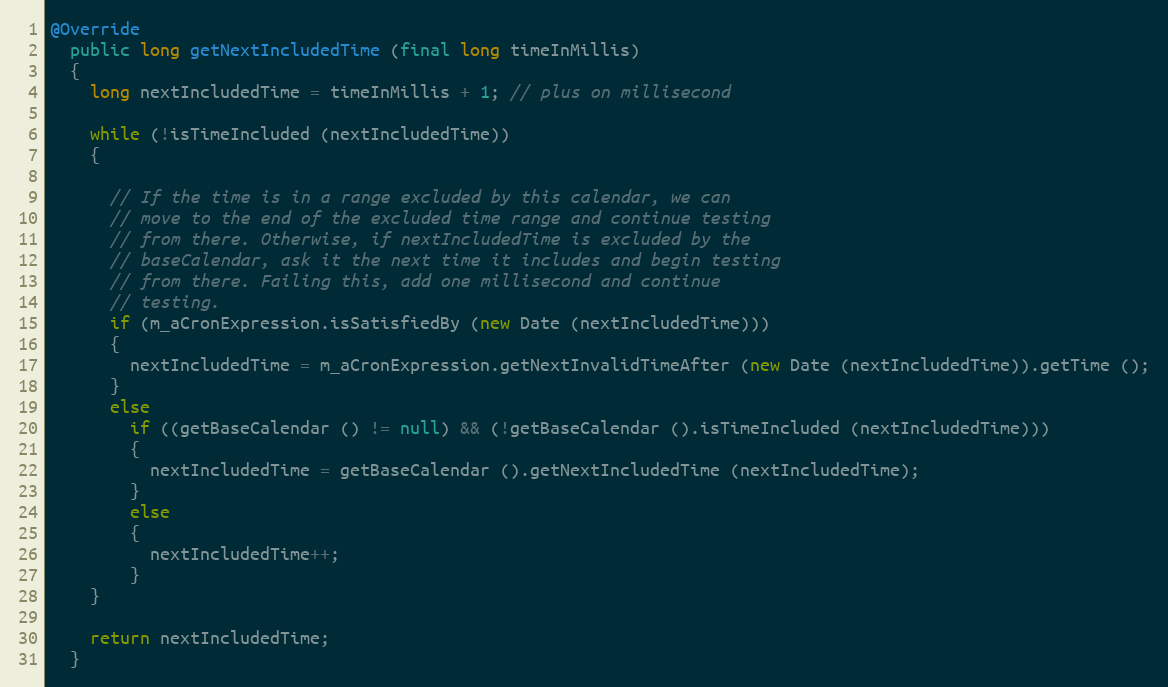
Language: Java
@Override
  public long getNextIncludedTime (final long timeInMillis)
  {
    long nextIncludedTime = timeInMillis + 1; // plus on millisecond

    while (!isTimeIncluded (nextIncludedTime))
    {

      // If the time is in a range excluded by this calendar, we can
      // move to the end of the excluded time range and continue testing
      // from there. Otherwise, if nextIncludedTime is excluded by the
      // baseCalendar, ask it the next time it includes and begin testing
      // from there. Failing this, add one millisecond and continue
      // testing.
      if (m_aCronExpression.isSatisfiedBy (new Date (nextIncludedTime)))
      {
        nextIncludedTime = m_aCronExpression.getNextInvalidTimeAfter (new Date (nextIncludedTime)).getTime ();
      }
      else
        if ((getBaseCalendar () != null) && (!getBaseCalendar ().isTimeIncluded (nextIncludedTime)))
        {
          nextIncludedTime = getBaseCalendar ().getNextIncludedTime (nextIncludedTime);
        }
        else
        {
          nextIncludedTime++;
        }
    }

    return nextIncludedTime;
  }